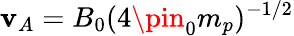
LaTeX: \mathbf{v}_{A}=B_{0}(4\pin_{0}m_{p})^{-1/2}